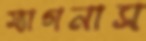
ম্যাগনাস